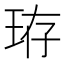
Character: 珔